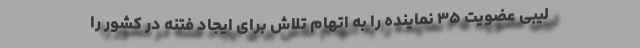
لیبی عضویت ۳۵ نماینده را به اتهام تلاش برای ایجاد فتنه در کشور را